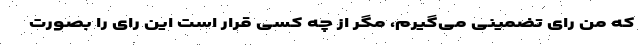
که من رای تضمینی می‌گیرم، مگر از چه کسی قرار است این رای را بصورت